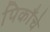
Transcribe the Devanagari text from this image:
पिकाँचे